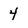
Character: 4